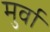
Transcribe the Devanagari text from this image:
मुर्वा